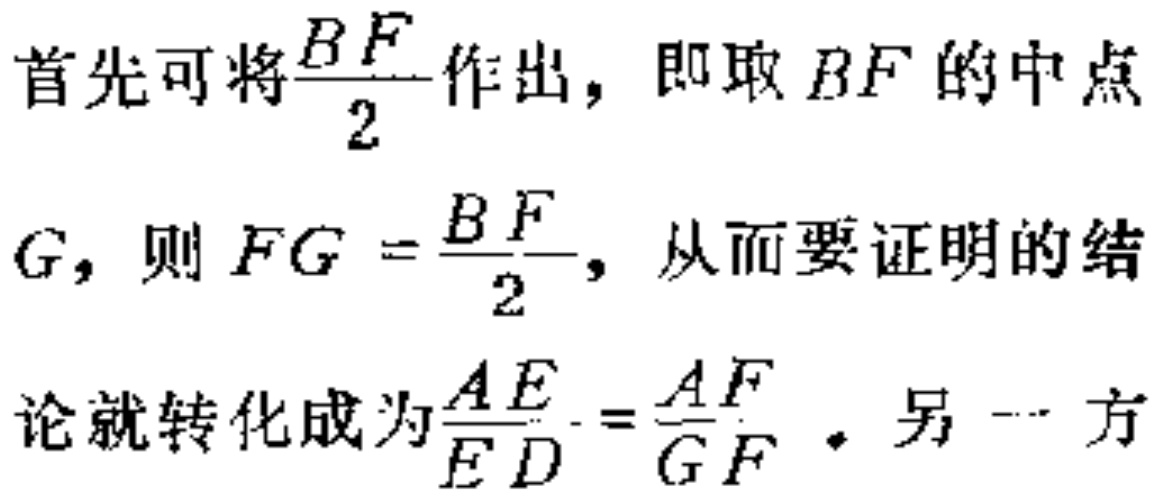
首先可将$\frac{BF}{2}$作出，即取$BF$的中点
$G$，则$FG = \frac{BF}{2}$，从而要证明的结
论就转化成为$\frac{AE}{ED}=\frac{AF}{GF}$。另一方